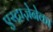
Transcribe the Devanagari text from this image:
एस्ट्राज़ेनेका